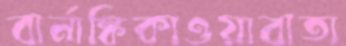
বার্নাঙ্কিকাওয়াবাতা